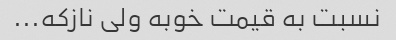
نسبت به قیمت خوبه ولی نازکه...